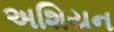
અશિયન